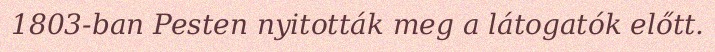
1803-ban Pesten nyitották meg a látogatók előtt.